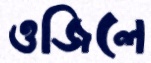
ওজিলে